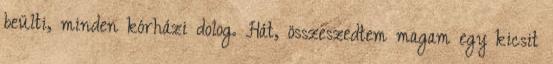
beülti, minden kórházi dolog. Hát, összeszedtem magam egy kicsit